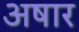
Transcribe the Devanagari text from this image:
अषार